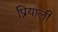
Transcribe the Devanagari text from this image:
प्रियाली